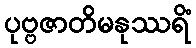
ပုဗ္ဗဇာတိမနုဿရိံ